system: You are a helpful assistant.
user:
Analyze the provided spectrum to determine if it is a **Carbon Star (C-type)**.

- **Key Visual Indicators of Carbon Star:**
    - **(Primary):** Strong molecular absorption from **C₂ (diatomic carbon) "Swan Bands."** This is the **defining feature** of a carbon star.
        - **(Key Bandheads):** Sharp absorption edges are visible at approximately $5635$ Å, $5165$ Å (the strongest band), and $4737$ Å.
        - **(Line Profile):** Creates a distinct **"saw-tooth"** pattern. The key morphology is a sharp, steep bandhead on the **red (long-wavelength) side**, which then gradually tapers off (i.e., flux recovers) towards the **blue (short-wavelength) side**. *(This is the direct opposite of the TiO bands seen in M-type stars)*.

    - **(Secondary):** Intense **CN (cyanogen)** molecular absorption bands.
        - **(Key Bandheads):** Located in the blue and violet regions of the spectrum (e.g., near $4215$ Å and $3883$ Å).
        - **(Morphology):** These bands are extremely broad and act as a "blanket," absorbing the vast majority of blue and violet light. This creates a characteristic **"cliff"** or **"steep drop-off"** in the spectrum's flux at short wavelengths.

    - **(Key Confirmation):** Strong **CH absorption band (G-band)**.
        - **(Key Bandhead):** Located around $4300$ Å. The contribution from CH molecules to this band is exceptionally strong.

    - **(Overall Spectrum):**
        - The continuum is severely "chopped up" by these deep molecular bands, especially C₂, rather than appearing as a smooth curve.
        - Due to the heavy CN and C₂ absorption in the blue-green, the vast majority of the star's flux is concentrated in the red part of the spectrum, giving the star its characteristic deep red color.

Think first, call **spectral_visualization_tool** if needed to examine features in detail, then provide your final answer. Your response must adhere to the following strict rules:
1.  **Overall Structure:** Your response must follow the format `<think>...</think> <tool_call>...</tool_call> (if a tool is used) <answer>...</answer>`.
2.  **Tool Usage Constraint:** You may only make **one** tool call per turn.
3.  **Final Answer Format:** In the `<answer>` tag, your conclusion must be inside a `\boxed{}` command (e.g., `\boxed{YES}`), followed by your justification.

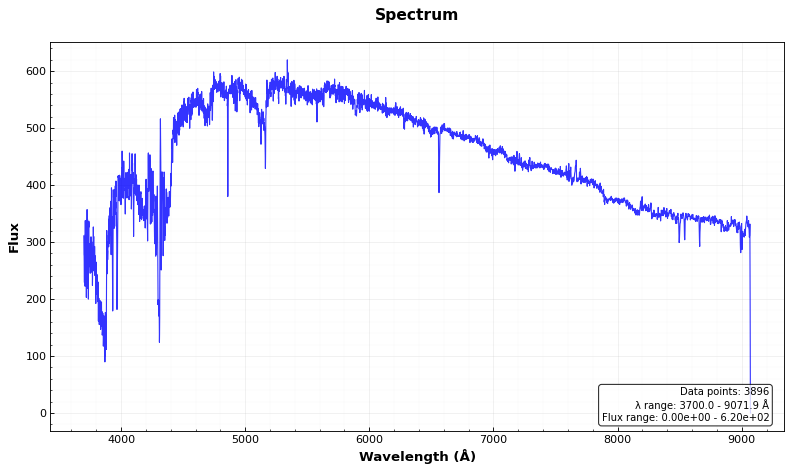
Answer: YES